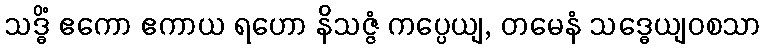
သဒ္ဓိံ ဧကော ဧကာယ ရဟော နိသဇ္ဇံ ကပ္ပေယျ, တမေနံ သဒ္ဓေယျဝစသာ